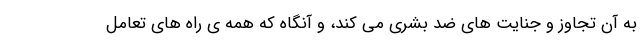
به آن تجاوز و جنایت های ضد بشری می کند، و آنگاه که همه ی راه های تعامل